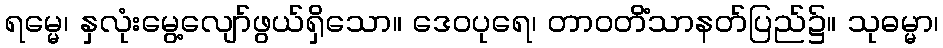
ရမ္မေ၊ နှလုံးမွေ့လျော်ဖွယ်ရှိသော။ ဒေဝပုရေ၊ တာဝတိံသာနတ်ပြည်၌။ သုဓမ္မာ၊